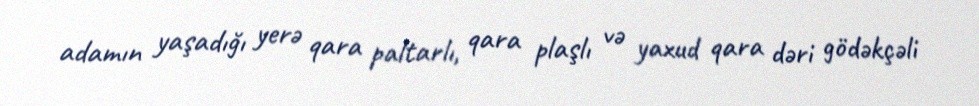
adamın yaşadığı yerə qara paltarlı, qara plaşlı və yaxud qara dəri gödəkçəli